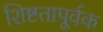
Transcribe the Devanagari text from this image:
शिष्टतापूर्वक